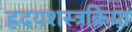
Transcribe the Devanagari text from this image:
ह्रदयशस्त्रक्रिया